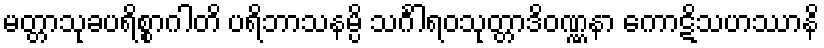
မတ္တာသုခပရိစ္စာဂါတိ ပရိဘာသနမ္ပိ သင်္ဂါရဝသုတ္တာဒိဝဏ္ဏနာ ကောဋိသဟဿာနိ